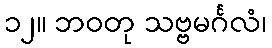
၁၂။ ဘဝတု သဗ္ဗမင်္ဂလံ၊